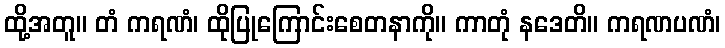
ထို့အတူ။ တံ ကရဏံ၊ ထိုပြုကြောင်းစေတနာကို။ ကာတုံ နဒေတိ။ ကရဏပဏံ၊